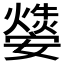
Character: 𤑁